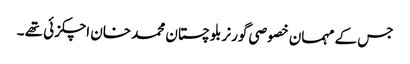
جس کے مہمان خصوصی گورنر بلوچستان محمد خان اچکزئی تھے ۔